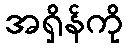
အရှိန်ကို